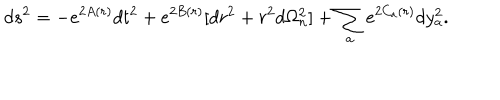
LaTeX: d s ^ { 2 } = - e ^ { 2 A ( r ) } d t ^ { 2 } + e ^ { 2 B ( r ) } [ d r ^ { 2 } + r ^ { 2 } d \Omega _ { n } ^ { 2 } ] + \sum _ { a } e ^ { 2 C _ { a } ( r ) } d y _ { a } ^ { 2 } .